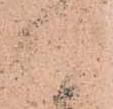
へ